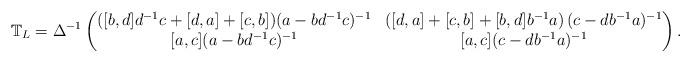
LaTeX: \begin{align*}\mathbb{T}_L&=\Delta^{-1}\left(\begin{matrix}([b,d]d^{-1}c+[d,a]+[c,b]) (a-bd^{-1}c)^{-1}& \left([d,a]+[c,b]+[b,d]b^{-1}a\right)(c-db^{-1}a)^{-1}\\ [a,c](a-bd^{-1}c)^{-1} & [a,c](c-db^{-1}a)^{-1} \end{matrix}\right).\end{align*}